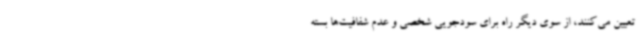
تعیین می‌کنند، از سوی دیگر راه برای سودجویی شخصی و عدم شفافیت‌ها بسته